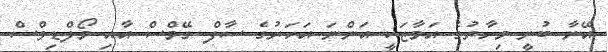
އޭނާ ބުނީ މިހާރުގެ އަމާޒަކީ އަންނަ އަހަރުގެ ސާފް ގޭމްސް އާއި މޯލްޑިވްސް